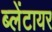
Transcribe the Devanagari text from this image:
ब्लेंटायर